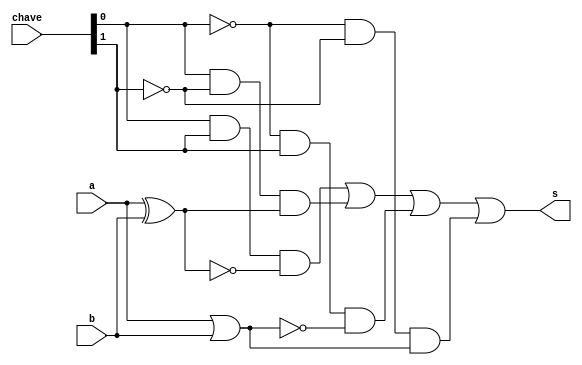
// ------------------------- 
// Exemplo0034 - F4
// Nome: Rayan Darwin
	
// ------------------------- 
// f4_gate 
// ------------------------- 
	
	module f4 (output s, input a, input b, input [1:0] chave);

	wire S_And1;
	wire S_And2;
	wire S_And3;
	wire S_And4;
	wire S_Not1;
	wire S_Not2;
	wire S_Xnor1;
	wire S_Xor1;
	wire S_Nor1;
	wire S_Or1;

	and ANDa(S_And1, chave[0], chave[1], S_Xnor1);
 	and ANDb(S_And2, chave[0], S_Not2, S_Xor1);
 	and ANDc(S_And3, S_Not1, chave[1] , S_Nor1);
 	and ANDd(S_And4, S_Not1, S_Not2, S_Or1);
 
 	or ORa(S_Or1, a, b);
 	or ORd(s, S_And1, S_And2, S_And3, S_And4);

 	xnor XNORa(S_Xnor1, a, b);

	xor XORa(S_Xor1, a, b);
	 
 	nor NORa(S_Nor1, a, b);
 
 	not NOTa(S_Not1, chave[0]);
 	not NOTb(S_Not2, chave[1]);
        
	endmodule // f4
	
 module test_f4; 
 // ------------------------- definir dados 
 reg x; 
 reg y; 
 reg [1:0] ch;
 wire s; 
 
 f4 modulo (s, x, y, ch);
 
initial begin 

	//----------------------- identificar
	$display("Exemplo0034 - Rayan Darwin - 412770"); 
	$display("Test LU's module"); 

	#1 x = 0; y = 0; ch = 00; 
	$monitor("Resultado chave = %2b\n x = %1b \t y = %1b \t Resultado -> %1b\n", ch, x, y, s);
   #1 x = 0; y = 1; ch = 10;  
   #1 x = 0; y = 0; ch = 11;
   #1 x = 1; y = 1; ch = 01; 
	#1 x = 1; y = 0; ch = 11;
   #1 x = 1; y = 1; ch = 10; 

 end 
 endmodule // test_f4